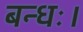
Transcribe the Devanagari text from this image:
बन्धः।